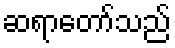
ဆရာတော်သည်